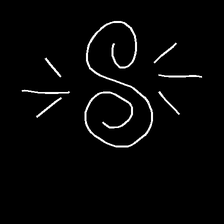
Glyph: wind-directs-air